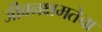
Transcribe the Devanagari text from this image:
जीवनक्षमतेचा